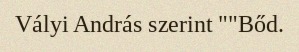
Vályi András szerint ""Bőd.